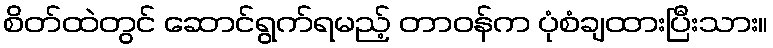
စိတ်ထဲတွင် ဆောင်ရွက်ရမည့် တာဝန်က ပုံစံချထားပြီးသား။